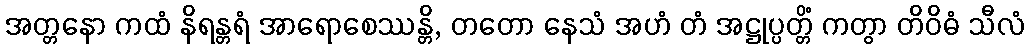
အတ္တနော ကထံ နိရန္တရံ အာရောစေဿန္တိ, တတော နေသံ အဟံ တံ အဋ္ဌုပ္ပတ္တိံ ကတွာ တိဝိဓံ သီလံ